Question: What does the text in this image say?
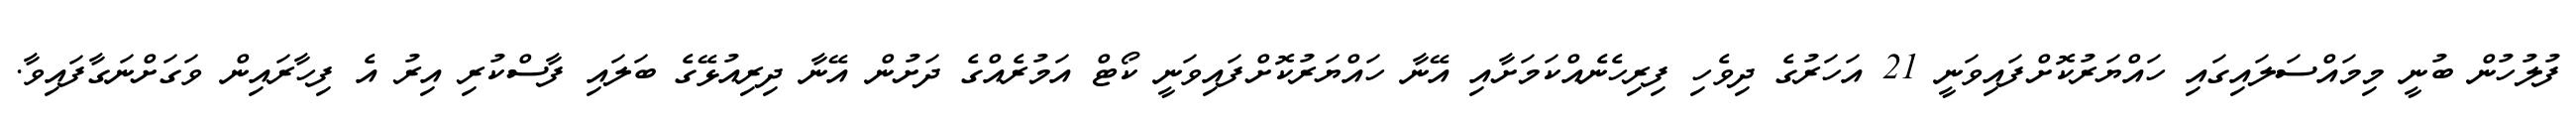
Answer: ފުލުހުން ބުނީ މިމައްސަލައިގައި ހައްޔަރުކޮށްފައިވަނީ 21 އަހަރުގެ ދިވެހި ފިރިހެނެއްކަމަށާއި އޭނާ ހައްޔަރުކޮށްފައިވަނީ ކޯޓް އަމުރެއްގެ ދަށުން އޭނާ ދިރިއުޅޭގެ ބަލައި ފާސްކުރި އިރު އެ ފިހާރައިން ވަގަށްނަގާފައިވާ.